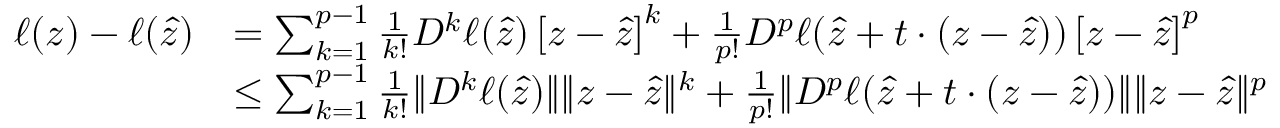
\begin{array} { r l } { \ell ( z ) - \ell ( \widehat z ) } & { = \sum _ { k = 1 } ^ { p - 1 } \frac { 1 } { k ! } D ^ { k } \ell ( \widehat z ) \left[ z - \widehat z \right] ^ { k } + \frac { 1 } { p ! } D ^ { p } \ell ( \widehat z + t \cdot ( z - \widehat z ) ) \left[ z - \widehat z \right] ^ { p } } \\ & { \leq \sum _ { k = 1 } ^ { p - 1 } \frac { 1 } { k ! } \| D ^ { k } \ell ( \widehat z ) \| \| z - \widehat z \| ^ { k } + \frac { 1 } { p ! } \| D ^ { p } \ell ( \widehat z + t \cdot ( z - \widehat z ) ) \| \| z - \widehat z \| ^ { p } } \end{array}